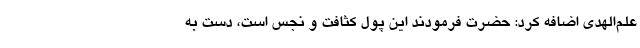
علم‌الهدی اضافه کرد: حضرت فرمودند این پول کثافت و نجس است، دست به